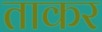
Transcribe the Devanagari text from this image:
ताकर